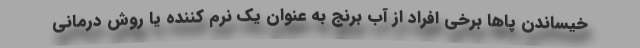
خیساندن پاها برخی افراد از آب برنج به عنوان یک نرم کننده یا روش درمانی